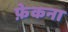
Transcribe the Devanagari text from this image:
फ़ेकना